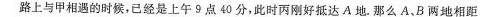
路上与甲相遇的时候，已经是上午9点40分，此时丙刚好抵达A地。那么A、B两地相距